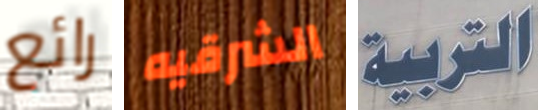
رائع الشرقيه التربية